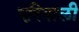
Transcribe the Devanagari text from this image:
एरिवाली